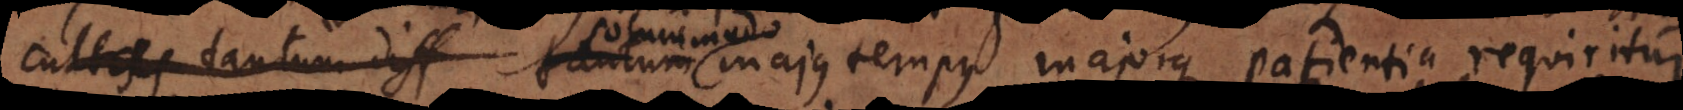
cultas tantum diff tantum majus tempus majorque patientia requiritur